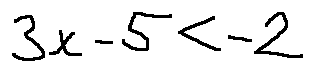
3 x - 5 < - 2